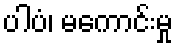
ပါပံ၊ မကောင်းမှု